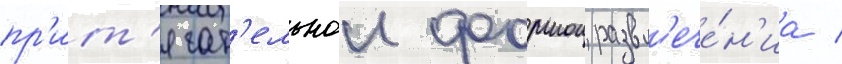
пр'ит'ягат'ельнои формои развл'ече́н'иа /